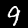
Label: 9